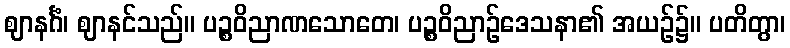
ဈာနင်္ဂံ၊ ဈာနင်သည်။ ပဉ္စဝိညာဏသောတေ၊ ပဉ္စဝိညာဉ်ဒေသနာ၏ အယဉ်၌။ ပတိတွာ၊